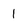
Character: 1